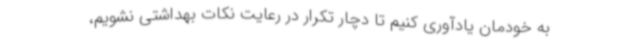
به خودمان یادآوری کنیم تا دچار تکرار در رعایت نکات بهداشتی نشویم،